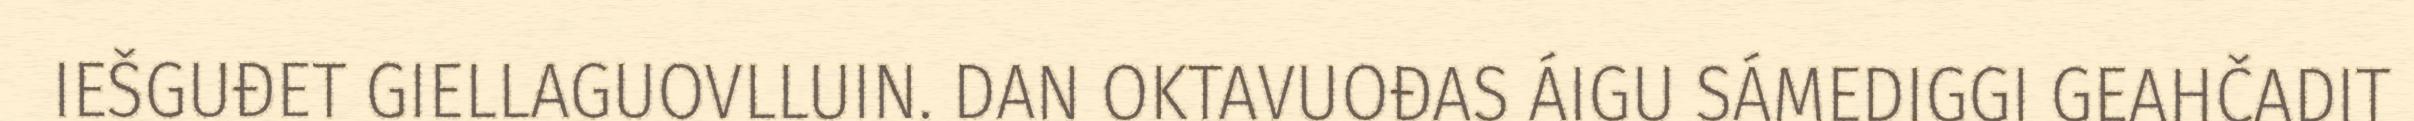
IEŠGUĐET GIELLAGUOVLLUIN. DAN OKTAVUOĐAS ÁIGU SÁMEDIGGI GEAHČADIT